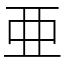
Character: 亜